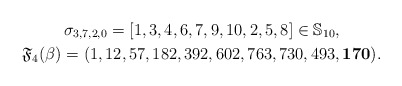
\begin{gather*}\sigma_{3,7,2,0}=[1,3,4,6,7,9,10,2,5,8] \in \mathbb{S}_{10}, \\ \mathfrak{F}_4(\beta)=(1,12,57,182,392,602,763,730,493,{\bf 170}).\end{gather*}